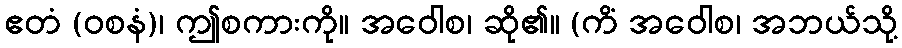
ဧတံ (ဝစနံ)၊ ဤစကားကို။ အဝေါစ၊ ဆို၏။ (ကိံ အဝေါစ၊ အဘယ်သို့